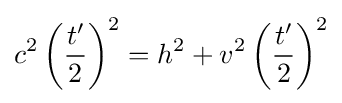
c^{2}\left({\frac {t'}{2}}\right)^{2}=h^{2}+v^{2}\left({\frac {t'}{2}}\right)^{2}